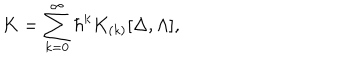
K = \sum _ { k = 0 } ^ { \infty } \hbar ^ { k } K _ { ( k ) } [ \Delta , \Lambda ] ,